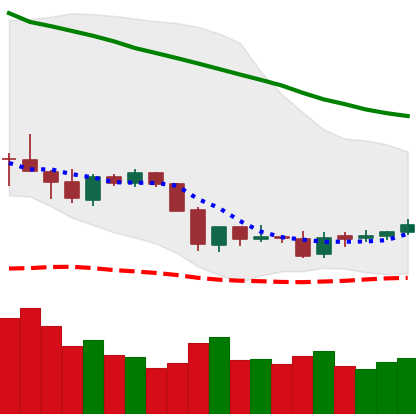
Ticker: ETC-USD
Chart end date: 2018-06-02
Forward return: -3.613%
Label: down_3_5